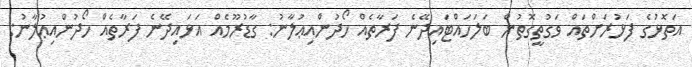
އަތޮޅުގެ ފަޅުރަށްތައް ވަގުތީގޮތުން ބަލަހައްޓައިދޭނެ ފަރާތެއް ހޯދުންއިޢުލާނު: ގާޑުރޫމެއް އަޅައިދޭނެ ފަރާތެއް ހޯދުންއިޢުލާނު: